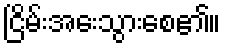
ငြိမ်းအေးသွားစေ၏။